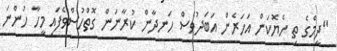
"ދީމްގެ ތި ހެޔޮކަން އަހަރެން އަބަދުވެސް ހަނދާން ކުރާނަން ގޮތްހުސްވެފައި މީހާ ހުންނަ